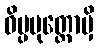
ဝိပ္ပမုတ္တောမှိ